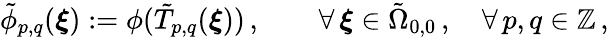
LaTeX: \tilde{\phi}_{p,q}(\boldsymbol{\xi}):=\phi(\tilde{T}_{p,q}(\boldsymbol{\xi}))\, ,\qquad\forall\, \boldsymbol{\xi}\in\tilde{\Omega}_{0,0}\, ,\quad\forall\, p,q\in\mathbb{Z}\, ,